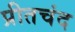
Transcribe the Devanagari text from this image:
प्रीतचंद